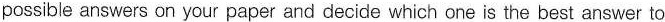
possible answers on your paper and decide which one is the best answer to